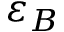
\varepsilon _ { B }